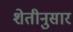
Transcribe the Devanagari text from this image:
शेतीनुसार